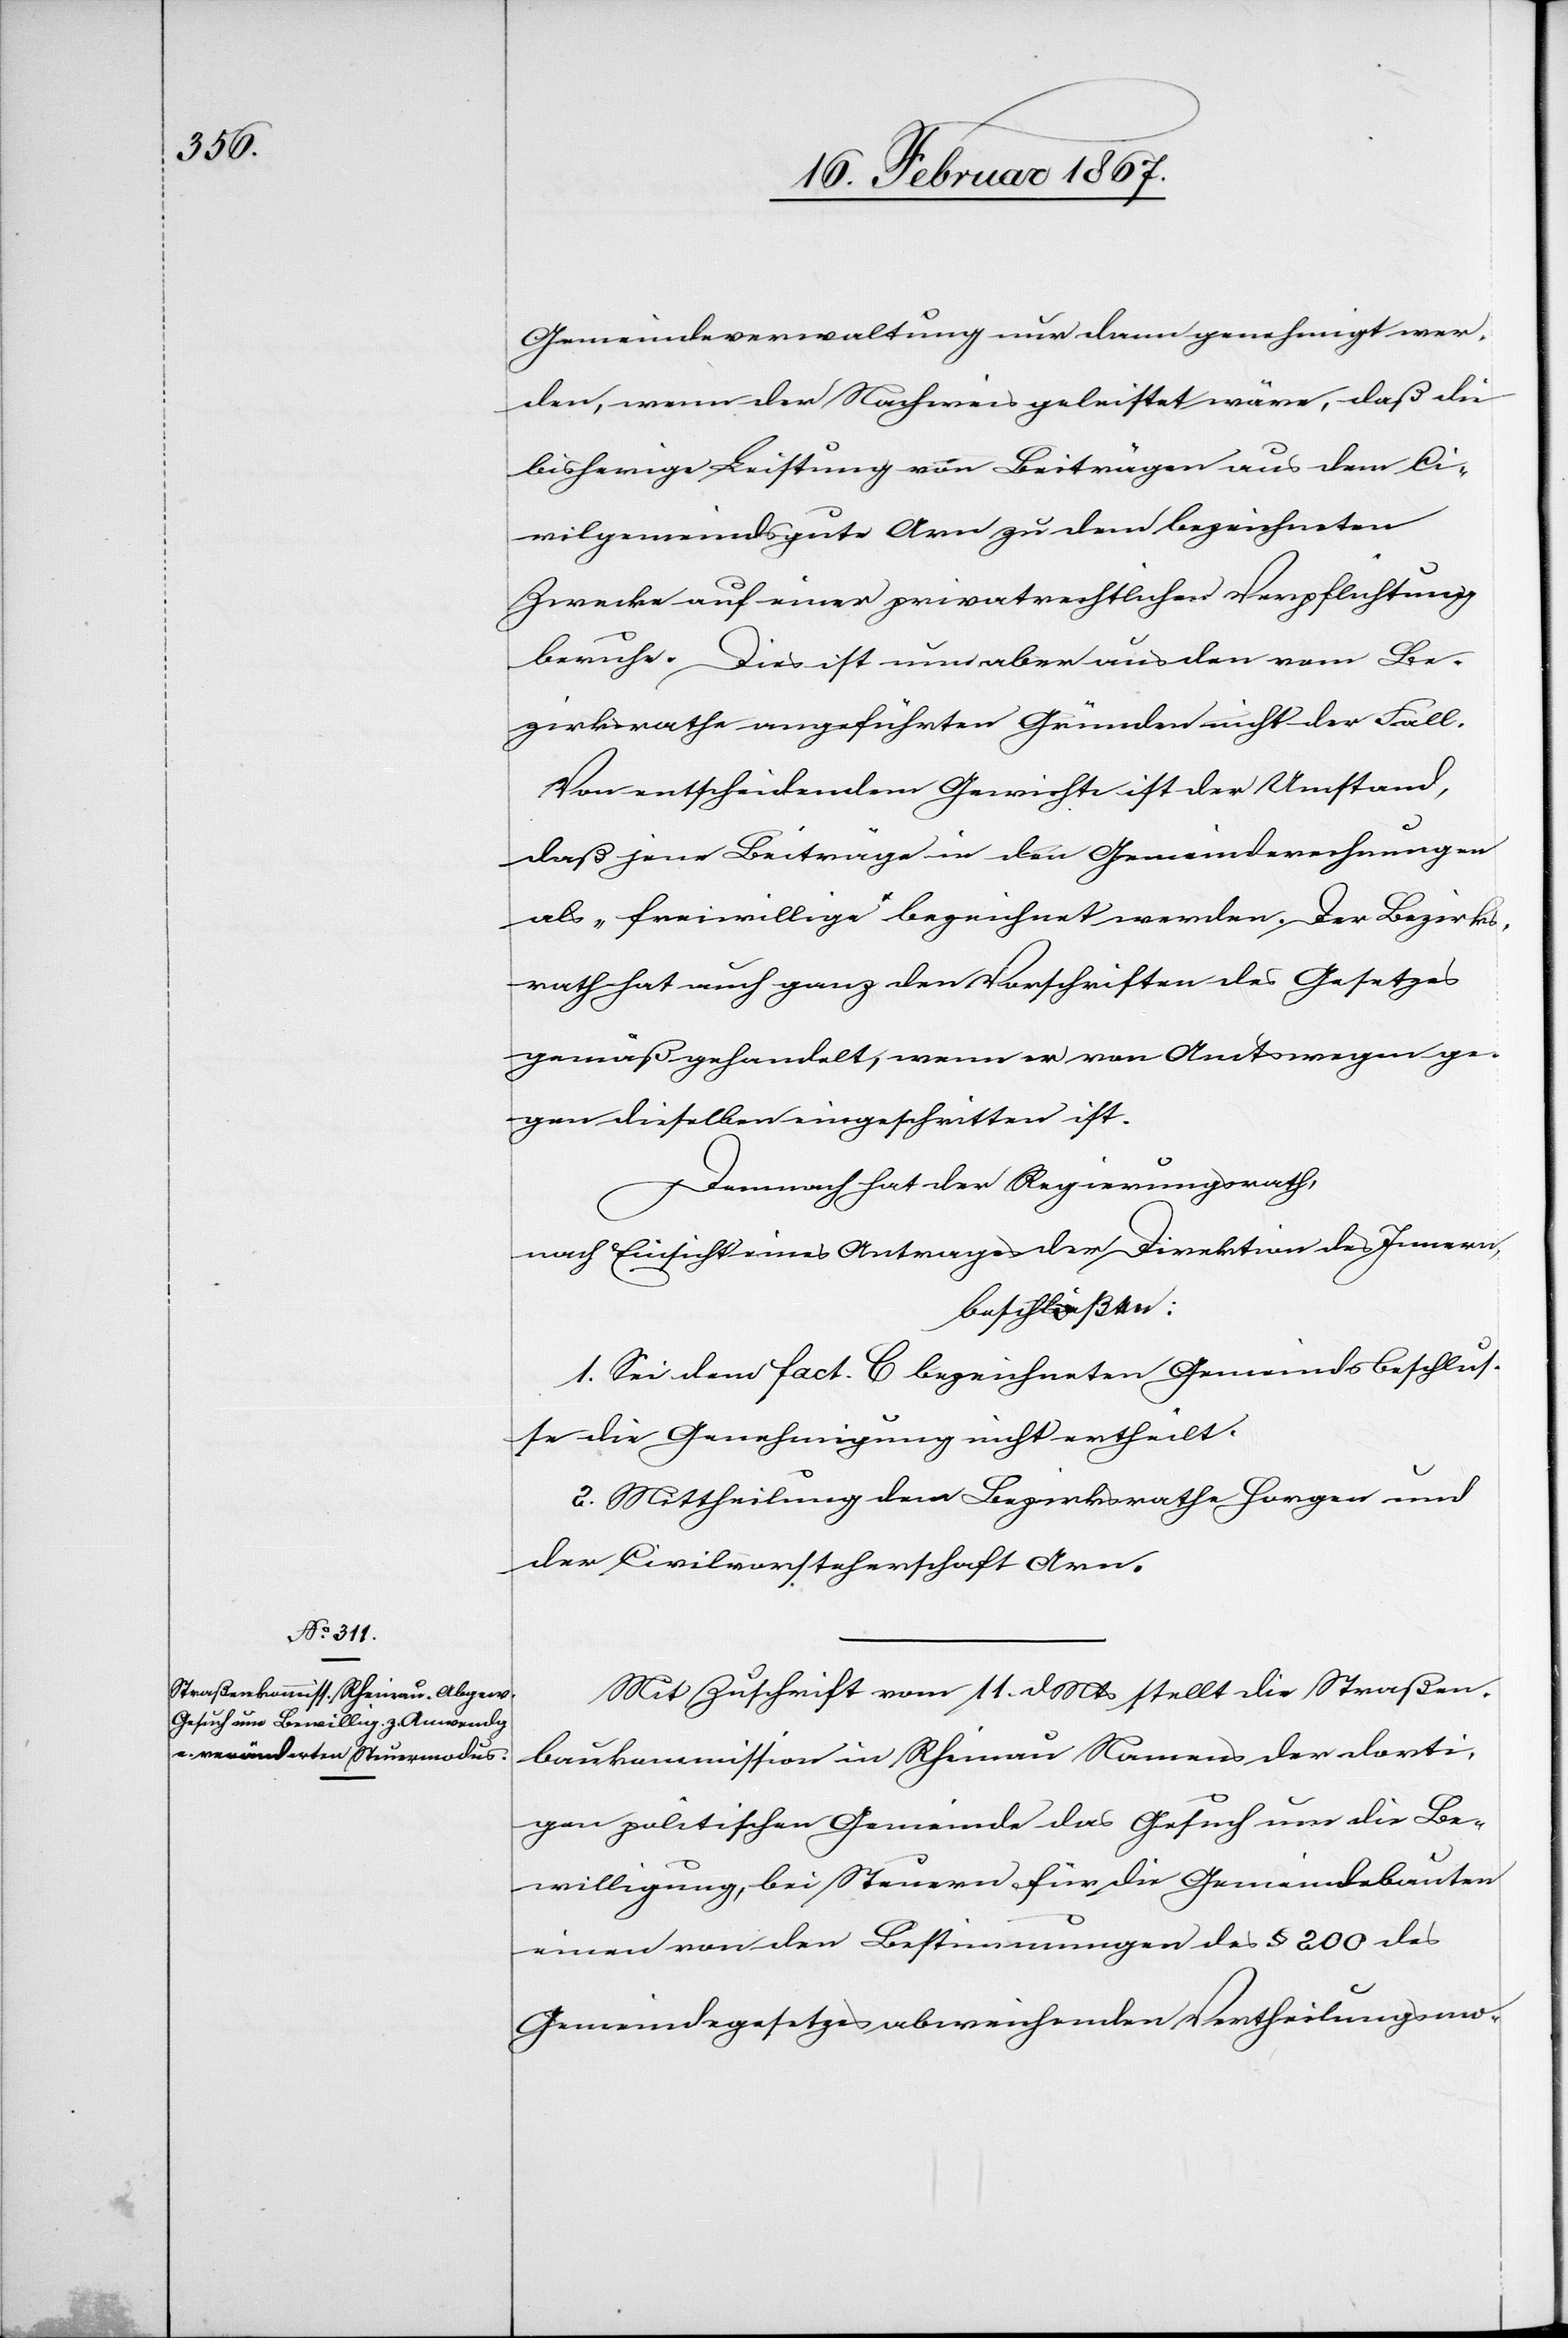
Gemeindeverwaltung nur dann genehmigt wer¬
den, wenn der Nachweis geleistet wäre, daß die
bisherige Leistung von Beiträgen aus dem Ci¬
vilgemeindsgute Arn zu dem bezeichneten
Zwecke auf einer privatrechtlichen Verpflichtung
beruhe. Dies ist nun aber aus den vom Be¬
zirksrathe angeführten Gründen nicht der Fall.
Von entscheidendem Gewicht ist der Umstand,
daß jene Beiträge in den Gemeinderechnungen
als „freiwillige“ bezeichnet werden. Der Bezirks¬
rath hat auch ganz den Vorschriften des Gesetzes
gemäß gehandelt, wenn er von Amtswegen ge¬
gen dieselben eingeschritten ist.
Demnach hat der Regierungsrath,
nach Einsicht eines Antrages der Direktion des Innern,
beschloßen:
1. Sei dem fact. C bezeichneten Gemeindsbeschlus¬
se die Genehmigung nicht ertheilt.
2. Mittheilung dem Bezirksrathe Horgen und
der Civilvorsteherschaft Arn.
Mit Zuschrift vom 11. d. Mts stellt die Straßen¬
baukommission in Rheinau Namens der dorti¬
gen politischen Gemeinde das Gesuch um die Be¬
willigung, bei Steuern für die Gemeindebauten
einen von den Bestimmungen des § 200 des
Gemeindegesetzes abweichenden Vertheilungsmo-